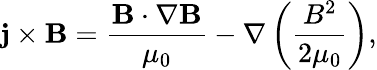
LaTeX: {\mathbf{j}}\times{\mathbf{B}}=\frac{{{\mathbf{B}}\cdot\nabla{\mathbf{B}}}}{{{\mu_{0}}}}-\nabla\left({\frac{{{B^{2}}}}{{2{\mu_{0}}}}}\right),